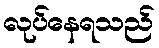
လုပ်နေရသည်